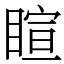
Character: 睻